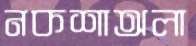
নকশাঅলা